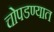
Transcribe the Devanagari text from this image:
चोपडण्यात